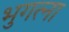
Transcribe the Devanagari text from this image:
भुगत्ना